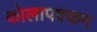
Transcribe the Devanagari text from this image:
कोलापक्कम